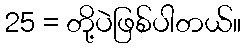
25 = တို့ပဲဖြစ်ပါတယ်။